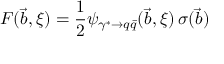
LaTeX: { \cal F } ( \vec { b } , \xi ) = \frac { 1 } { 2 } \psi _ { \gamma ^ { * } \rightarrow q \bar { q } } ( \vec { b } , \xi ) \, \sigma ( \vec { b } )